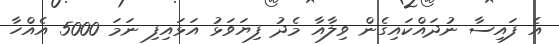
އެ ފައިސާ ނުދައްކައިގެން ވިލާއާ މެދު ފިޔަވަޅު އަޅައިފި ނަމަ 5000 އެއްހާ